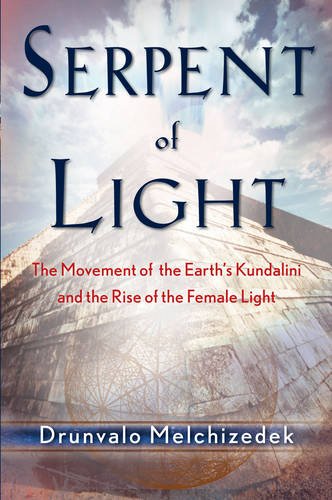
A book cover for Serpent of Light: Beyond 2012 - The Movement of the Earth's Kundalini and the Rise of the Female Light, 1949 to 2013; Drunvalo Melchizedek; History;